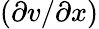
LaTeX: (\partial v/\partial x)